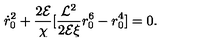
{ \dot { r } _ { 0 } } ^ { 2 } + { \frac { 2 { \cal E } } { \chi } } [ { \frac { { \cal L } ^ { 2 } } { 2 { \cal E } \xi } } r _ { 0 } ^ { 6 } - r _ { 0 } ^ { 4 } ] = 0 .